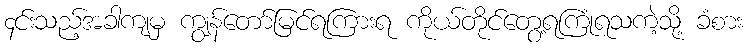
၄င်းသည့်အခါကျမှ ကျွန်တော်မြင်ရကြားရ ကိုယ်တိုင်တွေ့ရကြုံရသကဲ့သို့ ခံစား